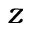
z